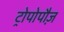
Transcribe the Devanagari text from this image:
ट्रोपोपौज़